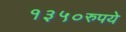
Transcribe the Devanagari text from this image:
१३५०रुपये